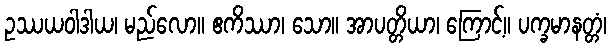
ဥဿယဝါဒါယ၊ မည်လော။ ဧကိဿာ၊ သော။ အာပတ္တိယာ၊ ကြောင့်။ ပက္ခမာနတ္တံ၊